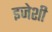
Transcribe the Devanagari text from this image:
इजेशी